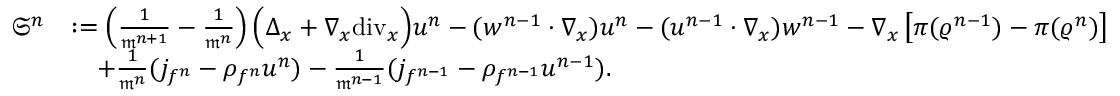
\begin{array} { r l } { \mathfrak { S } ^ { n } } & { : = \left( \frac { 1 } { \mathfrak { m } ^ { n + 1 } } - \frac { 1 } { \mathfrak { m } ^ { n } } \right) \Big ( \Delta _ { x } + \nabla _ { x } \mathrm { d i v } _ { x } \Big ) u ^ { n } - ( w ^ { n - 1 } \cdot \nabla _ { x } ) u ^ { n } - ( u ^ { n - 1 } \cdot \nabla _ { x } ) w ^ { n - 1 } - \nabla _ { x } \left[ \pi ( \varrho ^ { n - 1 } ) - \pi ( \varrho ^ { n } ) \right] } \\ & { \quad + \frac { 1 } { \mathfrak { m } ^ { n } } ( j _ { f ^ { n } } - \rho _ { f ^ { n } } u ^ { n } ) - \frac { 1 } { \mathfrak { m } ^ { n - 1 } } ( j _ { f ^ { n - 1 } } - \rho _ { f ^ { n - 1 } } u ^ { n - 1 } ) . } \end{array}